Trukikaitis_Postimees, lk 36
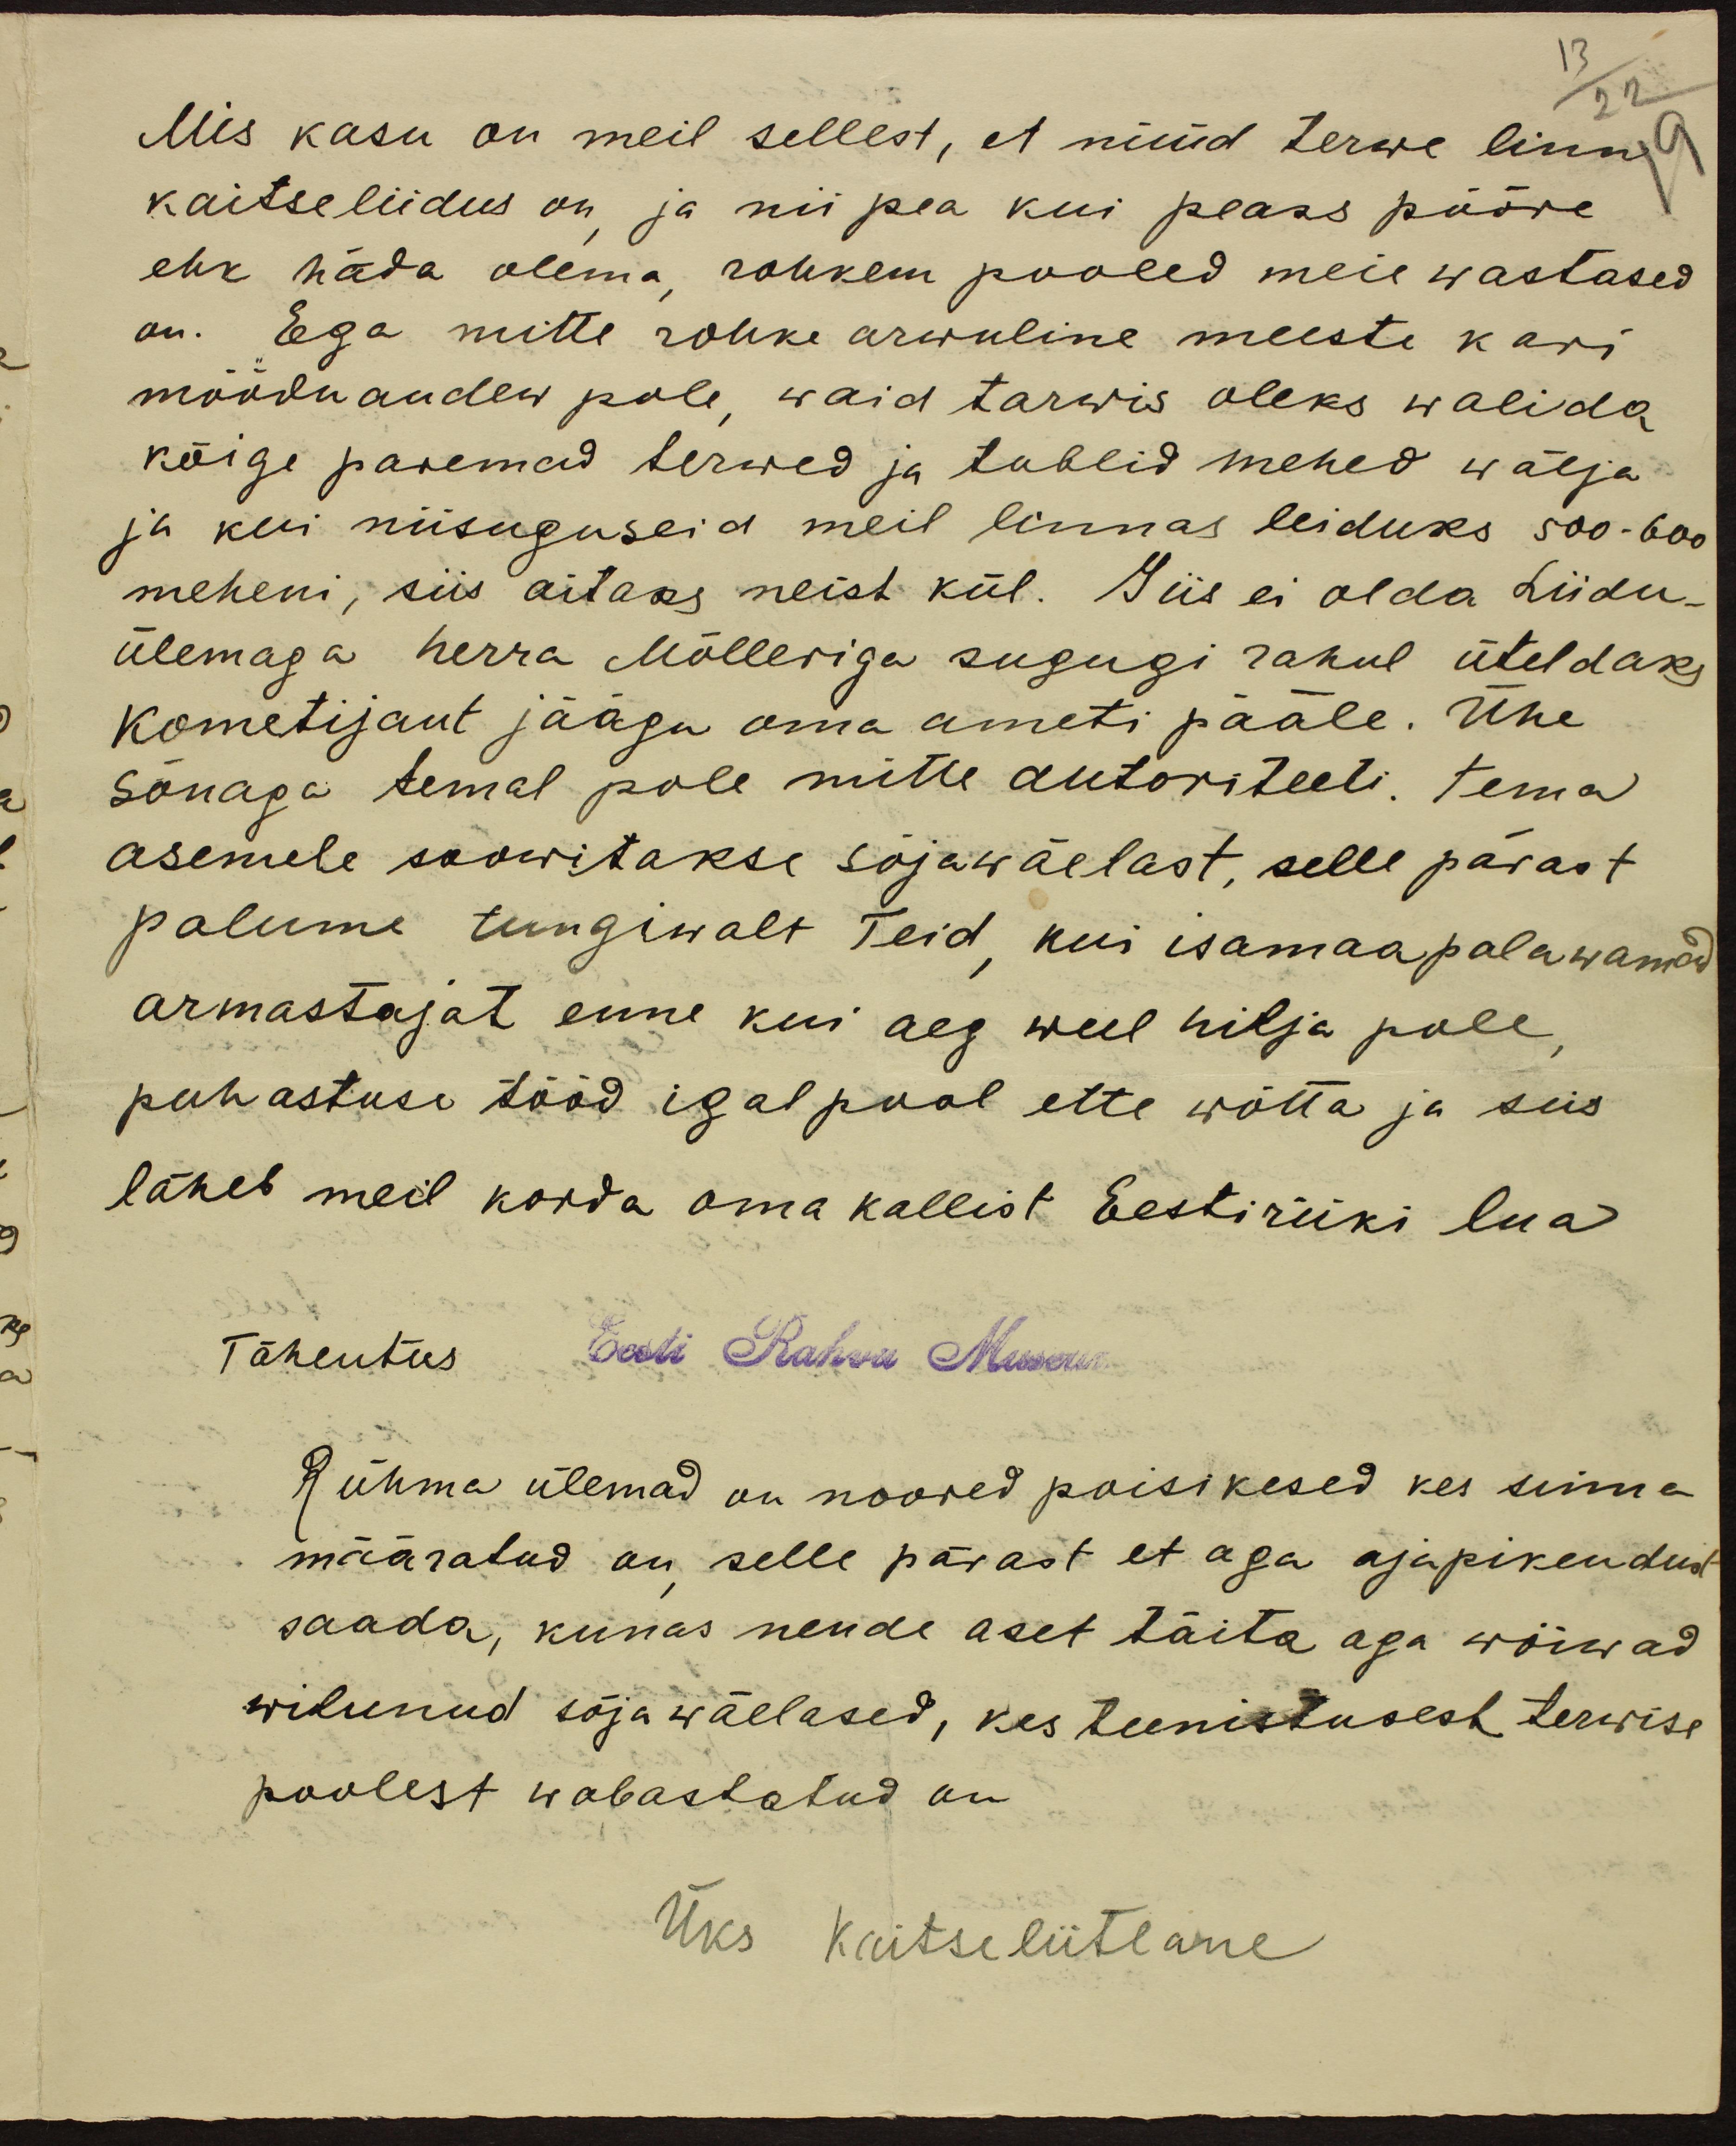
Mis kasu on meil sellest, et nüüd terwe linn
kaitseliidus on ja nii pea kui peaks pööre
ehk häda olema, rohkem pooled meie wastased
on. Ega mitte rohke arwuline meeste kari
mööda andew pole, waid tarwis oleks walida
kõige paremad terwed ja tublid mehed wälja
ja kui niisuguseid meil linnas leiduks 500-600
meheni, siis aitaks neist kül. Siis ei olda Liidu-
ülemaga herra Mölleriga sugugi rahul üteldaks
Kometijant jäägu oma ameti pääle. Ühe
sõnaga temal pole mitte autoriteeti. Tema
asemele soowitakse sõjawäelast, selle pärast
palume tungiwalt Teid, kui isamaa palawamad
armastajat enne kui aeg weel hilja pole
puhastuse tööd igal pool ette wõtta ja siis
läheb meil korda oma kallist Eesti riiki lua
Tähentus Eesti Rahva Museum
Rühma ülemad on noored poisikesed kes sinna
määratud on selle pärast et aga ajapikendust
saada, kunas nende aset täita aga wõiwad
wilunud sõjawäelased, kes teenistusest terwise
poolest wabastatud on
Üks kaitseliitlane